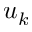
u _ { k }